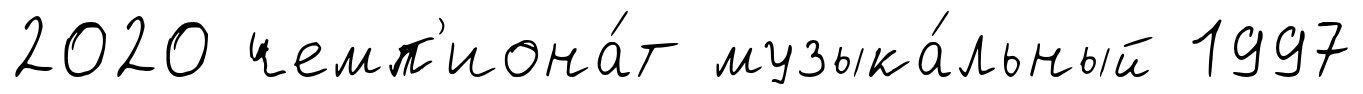
2020 чемп'иона́т музыка́льный 1997